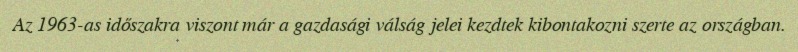
Az 1963-as időszakra viszont már a gazdasági válság jelei kezdtek kibontakozni szerte az országban.